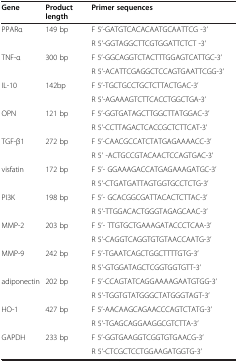
<table><thead><tr><td><b>Gene</b></td><td><b>Product length</b></td><td><b>Primer sequences</b></td></tr></thead><tbody><tr><td rowspan="2">PPARα</td><td rowspan="2">149 bp</td><td>F 5’-GATGTCACACAATGCAATTCG -3’</td></tr><tr><td>R 5’-GGTAGGCTTCGTGGATTCTCT -3’</td></tr><tr><td rowspan="2">TNF-α</td><td rowspan="2">300 bp</td><td>F 5’-GGCAGGTCTACTTTGGAGTCATTGC-3’</td></tr><tr><td>R 5’-ACATTCGAGGCTCCAGTGAATTCGG-3’</td></tr><tr><td rowspan="2">IL-10</td><td rowspan="2">142bp</td><td>F 5’-TGCTGCCTGCTCTTACTGAC-3’</td></tr><tr><td>R 5’-AGAAAGTCTTCACCTGGCTGA-3’</td></tr><tr><td rowspan="2">OPN</td><td rowspan="2">121 bp</td><td>F 5’-GGTGATAGCTTGGCTTATGGAC-3’</td></tr><tr><td>R 5’-CCTTAGACTCACCGCTCTTCAT-3’</td></tr><tr><td rowspan="2">TGF-β1</td><td rowspan="2">272 bp</td><td>F 5’-CAACGCCATCTATGAGAAAACC-3’</td></tr><tr><td>R 5’ -ACTGCCGTACAACTCCAGTGAC-3’</td></tr><tr><td rowspan="2">visfatin</td><td rowspan="2">172 bp</td><td>F 5’- GGAAAGACCATGAGAAAGATGC-3’</td></tr><tr><td>R 5’-CTGATGATTAGTGGTGCCTCTG-3’</td></tr><tr><td rowspan="2">PI3K</td><td rowspan="2">198 bp</td><td>F 5’- GCACGGCGATTACACTCTTAC-3’</td></tr><tr><td>R 5’-TTGGACACTGGGTAGAGCAAC-3’</td></tr><tr><td rowspan="2">MMP-2</td><td rowspan="2">203 bp</td><td>F 5’- TTGTGCTGAAAGATACCCTCAA-3’</td></tr><tr><td>R 5’-CAGGTCAGGTGTGTAACCAATG-3’</td></tr><tr><td rowspan="2">MMP-9</td><td rowspan="2">242 bp</td><td>F 5’-TGAATCAGCTGGCTTTTGTG-3’</td></tr><tr><td>R 5’-GTGGATAGCTCGGTGGTGTT-3’</td></tr><tr><td rowspan="2">adiponectin</td><td rowspan="2">202 bp</td><td>F 5’-CCAGTATCAGGAAAAGAATGTGG-3’</td></tr><tr><td>R 5’-TGGTGTATGGGCTATGGGTAGT-3’</td></tr><tr><td rowspan="2">HO-1</td><td rowspan="2">427 bp</td><td>F 5’-AACAAGCAGAACCCAGTCTATG-3’</td></tr><tr><td>R 5’-TGAGCAGGAAGGCGTCTTA-3’</td></tr><tr><td>GAPDH</td><td>233 bp</td><td>F 5’-GGTGAAGGTCGGTGTGAACG-3’</td></tr><tr><td> </td><td> </td><td>R 5’-CTCGCTCCTGGAAGATGGTG-3’</td></tr></tbody></table>